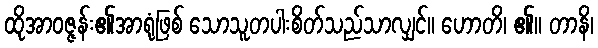
ထိုအာဝဇ္ဇန်း၏အာရုံဖြစ် သောသူတပါးစိတ်သည်သာလျှင်။ ဟောတိ၊ ၏။ တာနိ၊